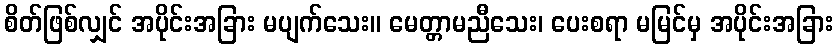
စိတ်ဖြစ်လျှင် အပိုင်းအခြား မပျက်သေး။ မေတ္တာမညီသေး၊ ပေးစရာ မမြင်မှ အပိုင်းအခြား